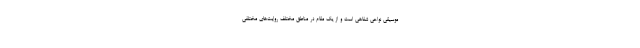
موسیقی نواحی شفاهی است و از یک مقام در مناطق مختلف روایت‌های مختلفی